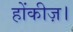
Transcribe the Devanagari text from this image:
होंकीज़।